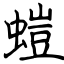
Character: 螘